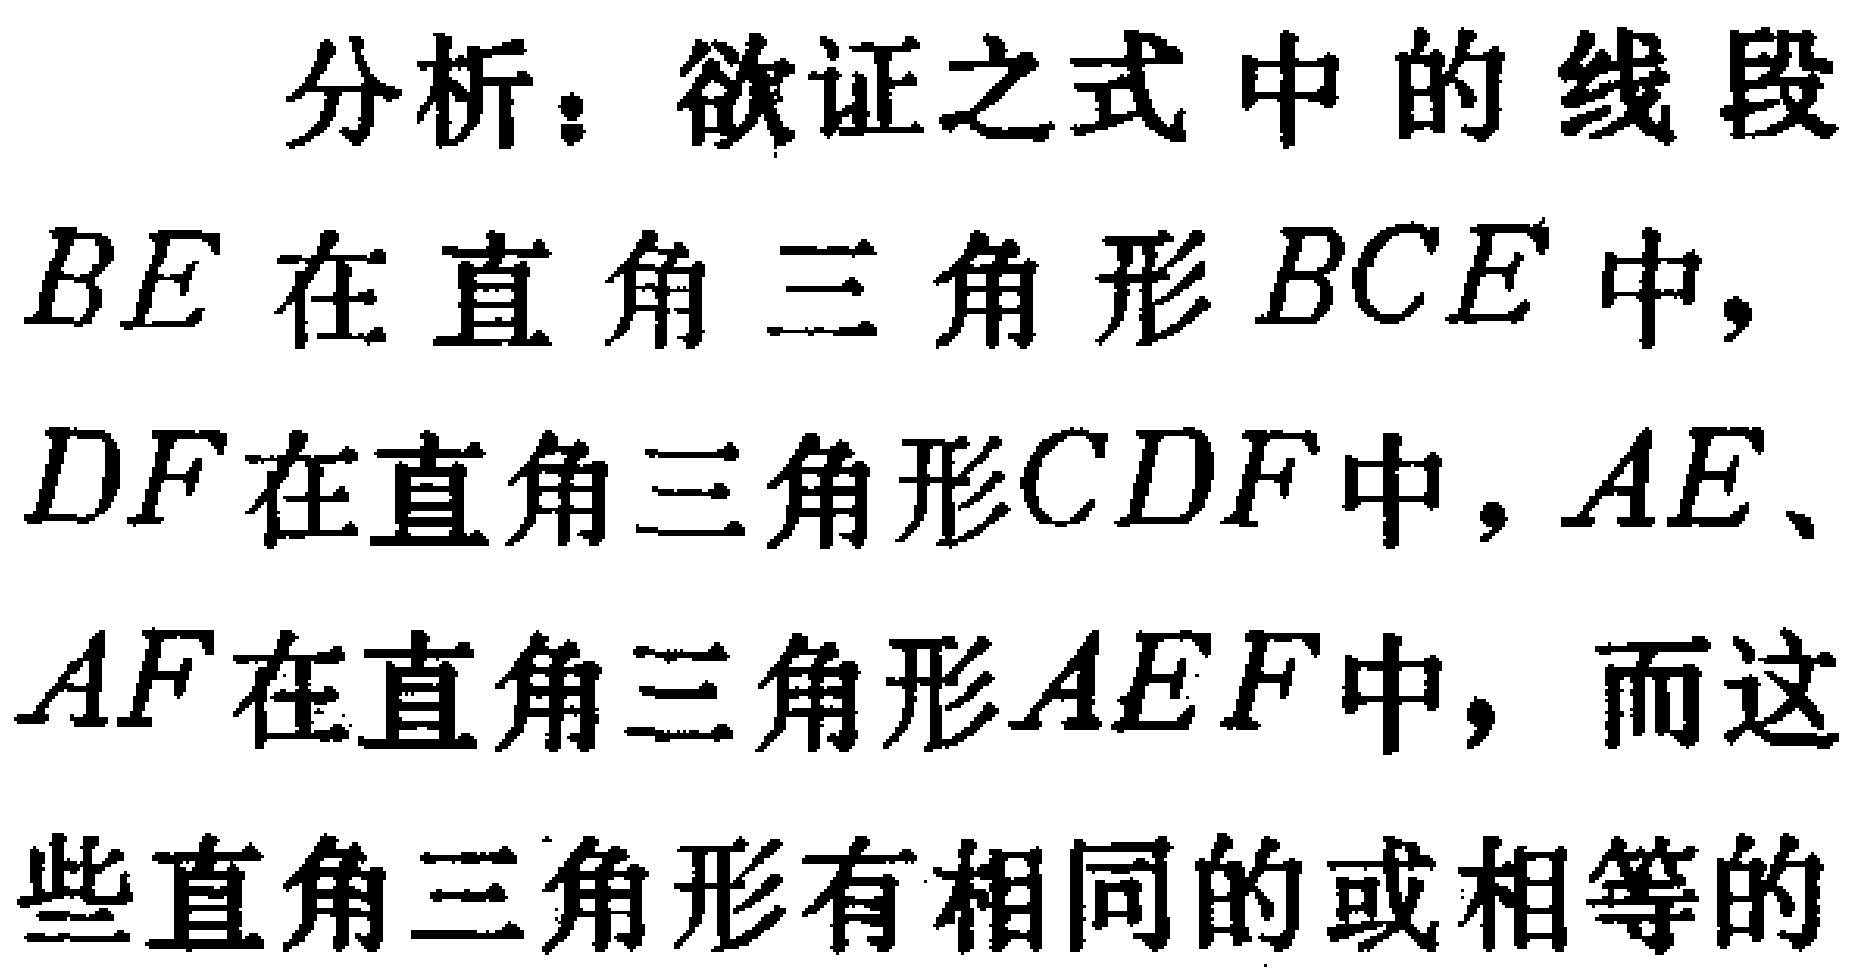
分析：欲证之式中的线段
\(BE\)在直角三角形\(BCE\)中，
\(DF\)在直角三角形\(CDF\)中，\(AE\)、
\(AF\)在直角三角形\(AEF\)中，而这
些直角三角形有相同的或相等的